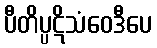
ပီတိပ္ပဋိသံဝေဒီပေ